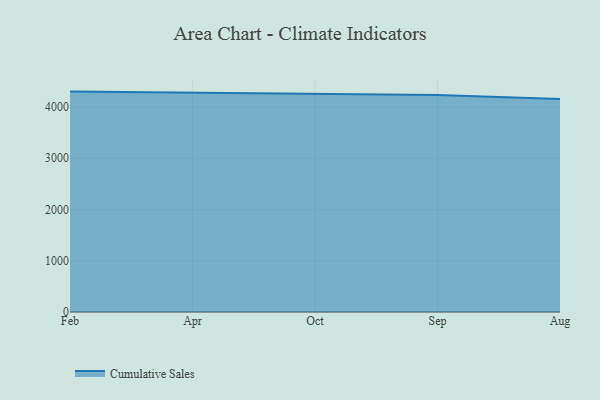
{"axis": {"x": "Month", "y": "Conversion Rate (%)"}, "legend": ["Cumulative Sales"], "data": [{"x": "Feb", "y": 4301.5, "type": "Cumulative Sales"}, {"x": "Apr", "y": 4278.9, "type": "Cumulative Sales"}, {"x": "Oct", "y": 4262.9, "type": "Cumulative Sales"}, {"x": "Sep", "y": 4236.7, "type": "Cumulative Sales"}, {"x": "Aug", "y": 4155.5, "type": "Cumulative Sales"}]}